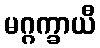
မဂ္ဂက္ခာယီ